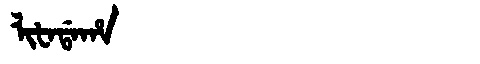
Manchu: ᠯᡳᡶᠠᡩᠠᡥᠠ
Romanization: LIFADAHA